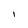
Character: I